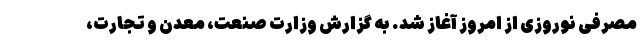
مصرفی نوروزی از امروز آغاز شد. به گزارش وزارت صنعت، معدن و تجارت،